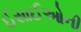
ઈસાઈઓની